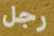
رجل